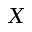
X